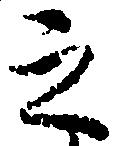
之